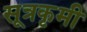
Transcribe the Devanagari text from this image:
सूत्रकृमी